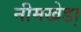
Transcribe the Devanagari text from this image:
नीमखेडा़